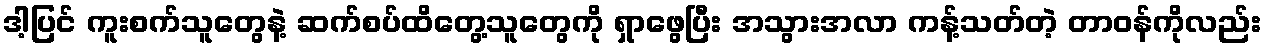
ဒါ့ပြင် ကူးစက်သူတွေနဲ့ ဆက်စပ်ထိတွေ့သူတွေကို ရှာဖွေပြီး အသွားအလာ ကန့်သတ်တဲ့ တာဝန်ကိုလည်း